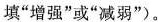
填”增强”或”减弱”)。